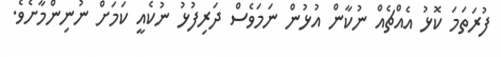
ފުރަތަމަ ކޮޅު އެއްޗެއް ނުކާން އުޅުން ނަމަވެސް ދަރިފުޅު ނުކެއީ ކަމަށް ނުނިންމާށެވެ.